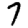
Digit: 7